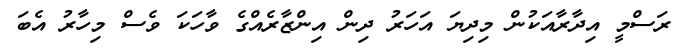
ރަސްމީ އިދާރާއަކުން މިދިޔަ އަހަރު ދިން އިންޒާރެއްގެ ވާހަކަ ވެސް މިހާރު އެބަ